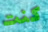
كنت